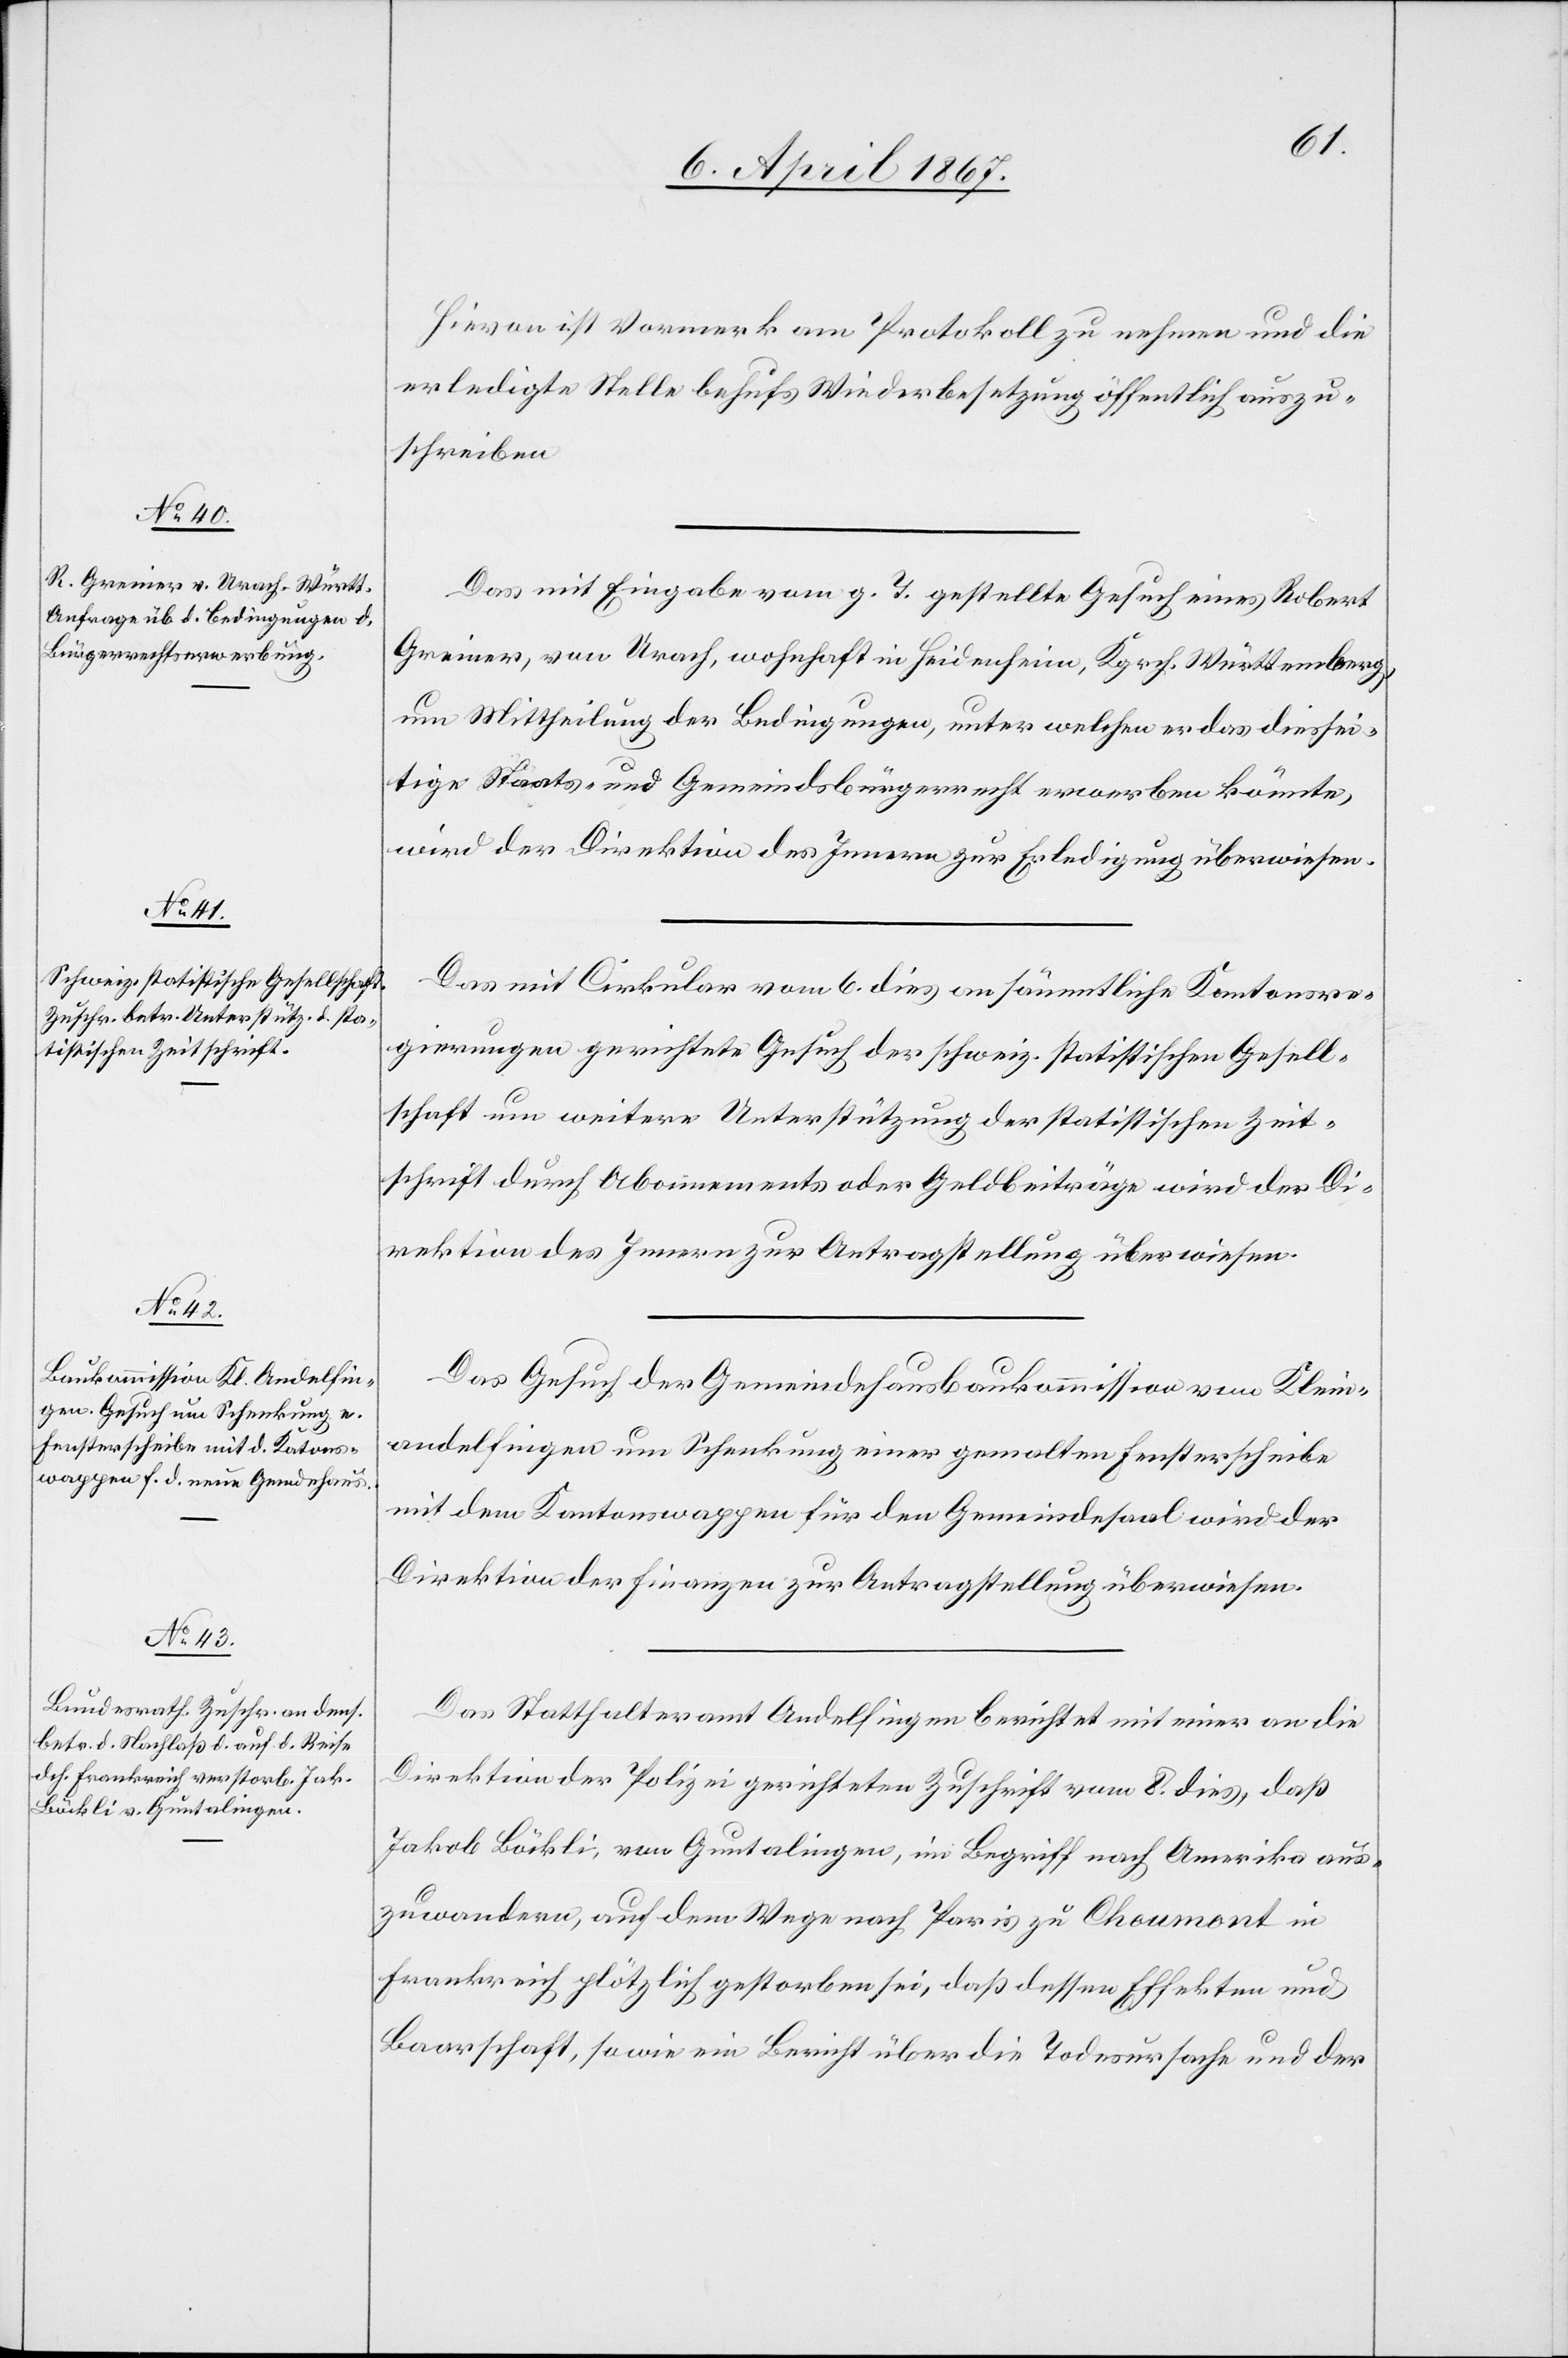
10. April 1867.]
Hievon ist Vormerk am Protokoll zu nehmen und die
erledigte Stelle behufs Wiederbesetzung öffentlich auszu¬
schreiben.
Das mit Eingabe vom g. T. gestellte Gesuch eines Robert
Greiner, von Urach, wohnhaft in Heidenheim, Kgrch. Württemberg,
um Mittheilung der Bedingungen, unter welchen er das diessei¬
tige Staats- und Gemeindsbürgerrecht erwerben könnte,
wird der Direktion des Innern zur Erledigung überwiesen.
Das mit Cirkular vom 6. dies an sämmtliche Kantonsre¬
gierungen gerichtete Gesuch der schweiz. statistischen Gesell¬
schaft um weitere Unterstützung der statistischen Zeit¬
schrift durch Abonnements oder Geldbeiträge wird der S¬
ektion des Innern zur Antragstellung überwiesen.
Das Gesuch der Gemeindehausbaukommission von Klein¬
andelfingen um Schenkung einer gemalten Fensterscheibe
mit dem Kantonswappen für den Gemeindesaal wird der
Direktion der Finanzen zur Antragstellung überwiesen.
Das Statthalteramt Andelfingen berichtet mit einer an die
Direktion der Polizei gerichteten Zuschrift vom 8. dies, daß
Jakob Bürkli, von Guntalingen, im Begriff nach Amerika aus¬
zuwandern, auf dem Wege nach Paris zu Chaumont in
Frankreich plötzlich gestorben sei, daß dessen Effekten aus
Baarschaft, sowie ein Bericht über die Todesursache und der